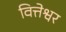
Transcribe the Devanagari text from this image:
वित्तेश्वर